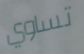
تساوي